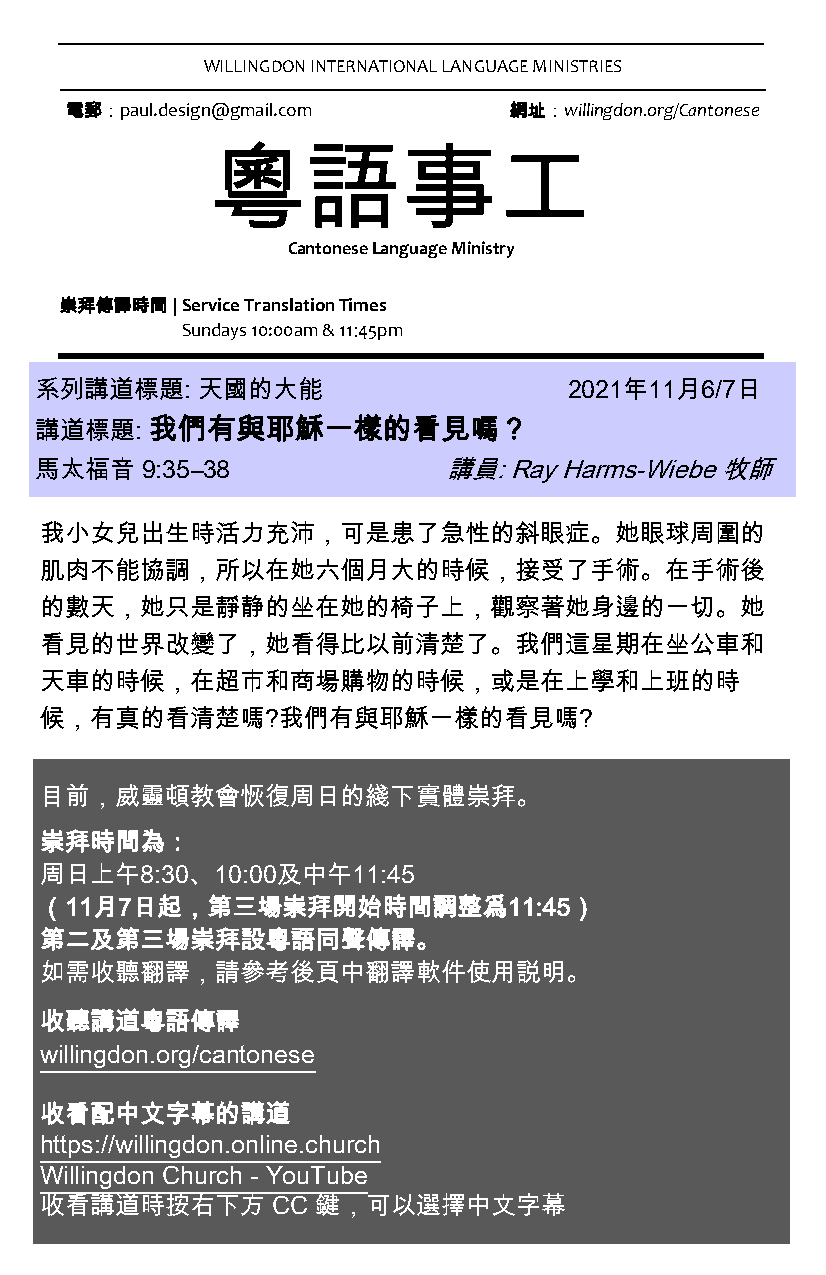
WILLINGDON INTERNATIONAL LANGUAGE MINISTRIES
 電郵：paul.design@gmail.com      網址：willingdon.org/Cantonese
 粵語事工
 Cantonese Language Ministry
 崇拜傳譯時間 | Service Translation Times
 Sundays 10:00am & 11:45pm
 系列講道標題:    天國的大能                    2021年11月6/7日
 講道標題:   我們有與耶穌一樣的看見嗎？
 馬太福音   9:35–38             講員:  Ray Harms-Wiebe 牧師
 我小女兒出生時活力充沛，可是患了急性的斜眼症。她眼球周圍的
 肌肉不能協調，所以在她六個月大的時候，接受了手術。在手術後
 的數天，她只是靜静的坐在她的椅子上，觀察著她身邊的一切。她
 看見的世界改變了，她看得比以前清楚了。我們這星期在坐公車和
 天車的時候，在超市和商場購物的時候，或是在上學和上班的時
 候，有真的看清楚嗎?我們有與耶穌一樣的看見嗎?
 目前，威靈頓教會恢復周日的綫下實體崇拜。
 崇拜時間為：
 周日上午8:30、10:00及中午11:45
 （11月7日起，第三場崇拜開始時間調整爲11:45）
 第二及第三場崇拜設粵語同聲傳譯。
 如需收聽翻譯，請參考後頁中翻譯軟件使用説明。
 收聽講道粵語傳譯
 willingdon.org/cantonese
 收看配中文字幕的講道
 https://willingdon.online.church
 Willingdon Church - YouTube
 收看講道時按右下方      CC 鍵，可以選擇中文字幕